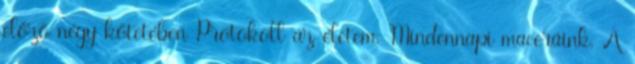
előző négy kötetében Protokoll az életem, Mindennapi maceráink, A